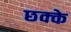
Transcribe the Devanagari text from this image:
छक्‍के